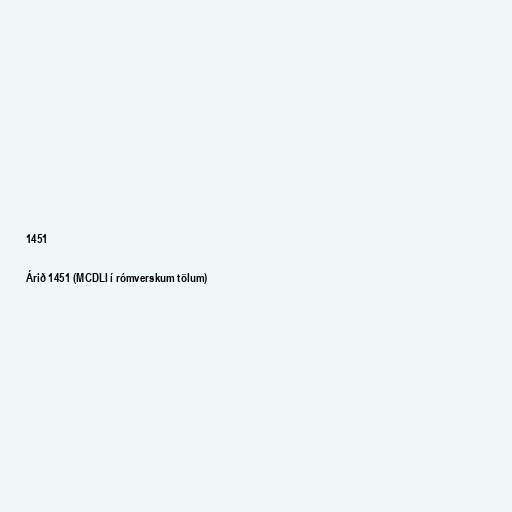
1451

Árið 1451 (MCDLI í rómverskum tölum)